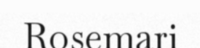
Rosemari